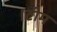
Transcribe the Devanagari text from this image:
।टीम